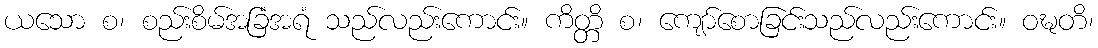
ယသော စ၊ စည်းစိမ်အခြံအရံ သည်လည်းကောင်း။ ကိတ္တိ စ၊ ကျော်စောခြင်းသည်လည်းကောင်း။ ဝဍ္ဎတိ၊